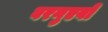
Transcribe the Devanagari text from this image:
बरनुएवो